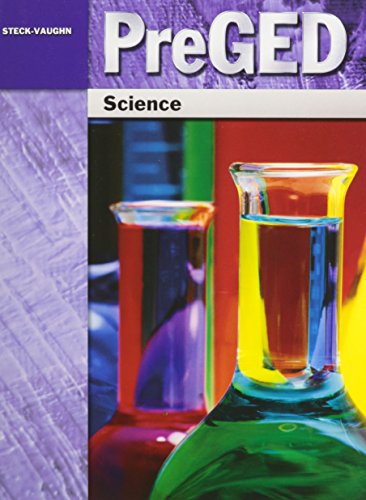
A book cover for Pre-GED: Student Edition Science; STECK-VAUGHN; Test Preparation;